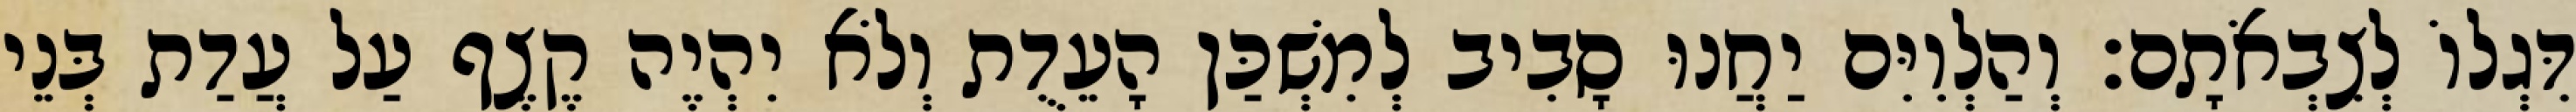
דִּגְלוֹ לְצִבְאֹתָם׃ וְהַלְוִיִּם יַחֲנוּ סָבִיב לְמִשְׁכַּן הָעֵדֻת וְלֹא יִהְיֶה קֶצֶף עַל עֲדַת בְּנֵי